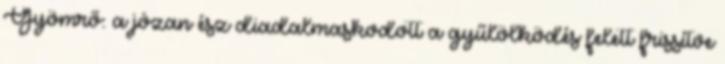
Gyömrő: a józan ész diadalmaskodott a gyűlölködés felett frissítve